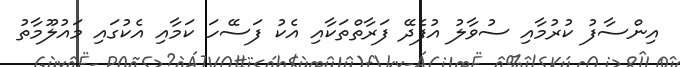
އިންސާފު ކުރުމާއި ސުވާލު އުފެދޭ ފަރާތްތަކާއި އެކު ފަސޭހަ ކަމާއި އެކުގައި މައުލޫމާތު